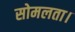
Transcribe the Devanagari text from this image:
सोमलता।